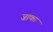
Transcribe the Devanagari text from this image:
ज़ाका